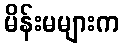
မိန်းမများက